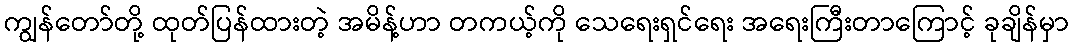
ကျွန်တော်တို့ ထုတ်ပြန်ထားတဲ့ အမိန့်ဟာ တကယ့်ကို သေရေးရှင်ရေး အရေးကြီးတာကြောင့် ခုချိန်မှာ